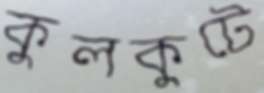
কুলকুটে